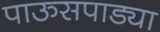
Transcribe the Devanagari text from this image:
पाऊसपाड्या